Annual report on the working of the lock hospitals in the Central Provinces
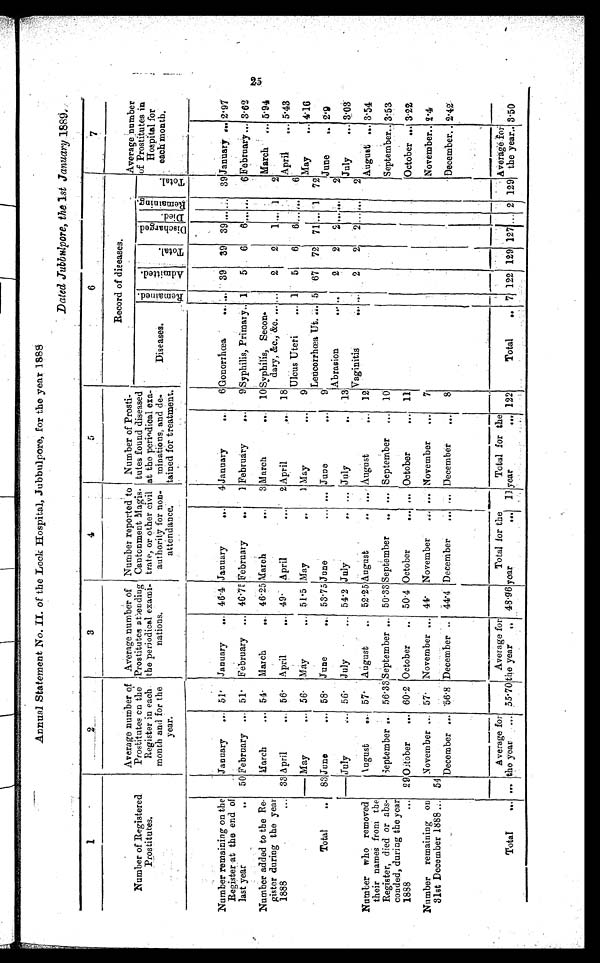
Annual Statement No . II of the Lock Hospital, Jubbulpore, for the year 1888
Dated Jubbulpore, the 1st January 1880 .
1
2
3
4
5
6
7
Number of Registered
Prostitutes.
Average number of
Prostitutes on the
Register in each
month and for the
year.
Average number of
Prostitutes atendiug
the periodical exami
nations.
Number reported to
Cantonment Magis
trate, or other civil
authority for non-
attendance.
Number of Prosti
tutes found diseased
at the periodical exa
minations, and de
tained for treatment.
Record of dieases.
Average number
of Prostitutes in
Hospital for
each month
.
Diseases.
R e m a i n e d .
A d m i t t e d .
T o t a l .
D i s c h a r g e d .
D i e d .
Remaining
T o t a l .
Number remaining on the
Register at the end of
last year
...
January
... 51· January
...
46 .4 January
...
4 January
...
6 Gonorrhœa. . . . . . . 39 39 39
. . .
...
39 January ... 2·97
50 February ... 51 . February ... 46·75 February
...
1 February
...
9 Syphilis, Primary.. 1
5
6
6 . . . ...
6 Februart... 3·62
Number added to the Re
gister during the year
1888
...
March
... 54· March
... 46 . 25 March
...
3 March
... 10 Syphilis, Seconodary, &c.,&c....
. . .
2
2
2 . . . 1
2 March ... 5·94
33 April
... 56· April
... 49·
April
...
2 April ... 18
April
... 5·43
Ulcus Uteri
... 1
5
6
6 .. ...
6
May
... 56· May
... 51·5 May
...
1 May
...
9
May
... 4·16
Leucorrhœa Ut. ... 5 67 72 71 ... 1
72
Total
... 83 June
.., 58· June
... 53·75 June
... ... June
...
9
June
... 2·9
Abrasion
... ..
2
2
2 ... ..
2
J u l y 56 . July ...
54.2 July
.. ... July
...
13
July
... 3·03
Vaginitis
. . . . . .
2
2,
2 . . .
...
2
Number who removed
their names from the
Register, died or abs
conded, during the year
1888
...
August
. .
. 57· August
52· 25August
... ....August
... 12
August ... 3 54
September ...
56·33 September ... 50·33 September
.. ... September
... 10
September... 3·53
29 October
... 60·2 October
50·4 October...
October... 11
October ... 3.22
Number remaining on
31st December 1888...
November ... 57· November ... 44·
November
...... November
...
7
November.. 2·4
54
December ... 56.8December . . .
44·4 December
... ... December
...
8
December... 2·42
Total
... ...
Average for
the year.
.... 55·70
Average for
the year
. . . 48·96
Total for the
year
... 11
Total for the
year
... 122
Total
. . . 7 122 129 127 ... 2 129 Average for the year.. 3·50